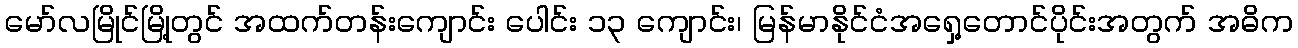
မော်လမြိုင်မြို့တွင် အထက်တန်းကျောင်း ပေါင်း ၁၃ ကျောင်း၊ မြန်မာနိုင်ငံအရှေ့တောင်ပိုင်းအတွက် အဓိက